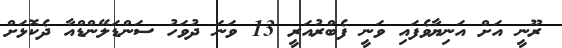
ރޫނީ އަށް އަނިޔާވެފައި ވަނީ ފެބްރުއަރީ 13 ވަނަ ދުވަހު ސަންޑަލޭންޑްއާ ދެކޮޅަށް